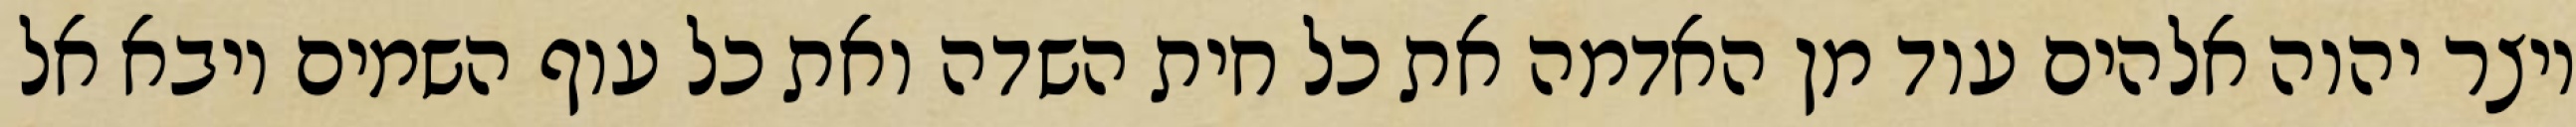
ויצר יהוה אלהים עוד מן האדמה את כל חית השדה ואת כל עוף השמים ויבא אל